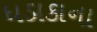
ધડાકાના